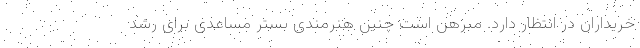
خریداران در انتظار دارد. مبرهن است چنین هنرمندی بستر مساعدی برای رشد